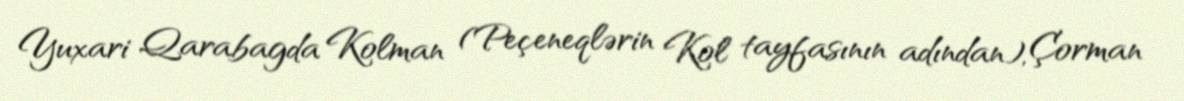
Yuxari Qarabagda Kolman (Peçeneqlərin Kol tayfasının adından), Çorman